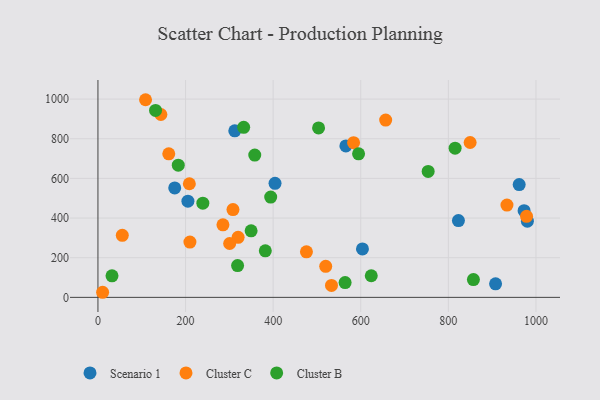
{"axis": {"x": "Study Hours", "y": "Sales"}, "legend": ["Cluster B", "Cluster C", "Scenario 1"], "data": [{"x": "907.8", "y": 68.4, "type": "Scenario 1"}, {"x": "404.3", "y": 575.4, "type": "Scenario 1"}, {"x": "972.9", "y": 437.1, "type": "Scenario 1"}, {"x": "823.0", "y": 387.1, "type": "Scenario 1"}, {"x": "312.4", "y": 840.0, "type": "Scenario 1"}, {"x": "566.0", "y": 763.6, "type": "Scenario 1"}, {"x": "205.4", "y": 485.2, "type": "Scenario 1"}, {"x": "980.4", "y": 384.2, "type": "Scenario 1"}, {"x": "961.7", "y": 568.8, "type": "Scenario 1"}, {"x": "603.9", "y": 244.3, "type": "Scenario 1"}, {"x": "175.3", "y": 552.2, "type": "Scenario 1"}, {"x": "849.7", "y": 781.1, "type": "Cluster C"}, {"x": "656.9", "y": 894.0, "type": "Cluster C"}, {"x": "55.6", "y": 312.7, "type": "Cluster C"}, {"x": "320.0", "y": 302.8, "type": "Cluster C"}, {"x": "583.6", "y": 780.0, "type": "Cluster C"}, {"x": "520.0", "y": 156.5, "type": "Cluster C"}, {"x": "476.0", "y": 229.5, "type": "Cluster C"}, {"x": "308.3", "y": 442.7, "type": "Cluster C"}, {"x": "533.2", "y": 60.3, "type": "Cluster C"}, {"x": "161.7", "y": 723.8, "type": "Cluster C"}, {"x": "143.7", "y": 922.2, "type": "Cluster C"}, {"x": "108.7", "y": 996.8, "type": "Cluster C"}, {"x": "978.5", "y": 408.6, "type": "Cluster C"}, {"x": "933.8", "y": 465.7, "type": "Cluster C"}, {"x": "300.7", "y": 271.8, "type": "Cluster C"}, {"x": "208.7", "y": 573.0, "type": "Cluster C"}, {"x": "210.0", "y": 278.8, "type": "Cluster C"}, {"x": "285.4", "y": 366.1, "type": "Cluster C"}, {"x": "10.7", "y": 25.7, "type": "Cluster C"}, {"x": "595.0", "y": 723.8, "type": "Cluster B"}, {"x": "32.1", "y": 108.5, "type": "Cluster B"}, {"x": "857.2", "y": 90.0, "type": "Cluster B"}, {"x": "131.5", "y": 942.8, "type": "Cluster B"}, {"x": "503.7", "y": 854.6, "type": "Cluster B"}, {"x": "564.3", "y": 74.8, "type": "Cluster B"}, {"x": "358.0", "y": 717.6, "type": "Cluster B"}, {"x": "349.7", "y": 335.8, "type": "Cluster B"}, {"x": "624.0", "y": 109.0, "type": "Cluster B"}, {"x": "382.1", "y": 234.7, "type": "Cluster B"}, {"x": "183.4", "y": 666.8, "type": "Cluster B"}, {"x": "815.4", "y": 752.5, "type": "Cluster B"}, {"x": "239.5", "y": 475.1, "type": "Cluster B"}, {"x": "753.9", "y": 635.4, "type": "Cluster B"}, {"x": "318.8", "y": 160.3, "type": "Cluster B"}, {"x": "332.7", "y": 857.6, "type": "Cluster B"}, {"x": "394.4", "y": 505.6, "type": "Cluster B"}]}